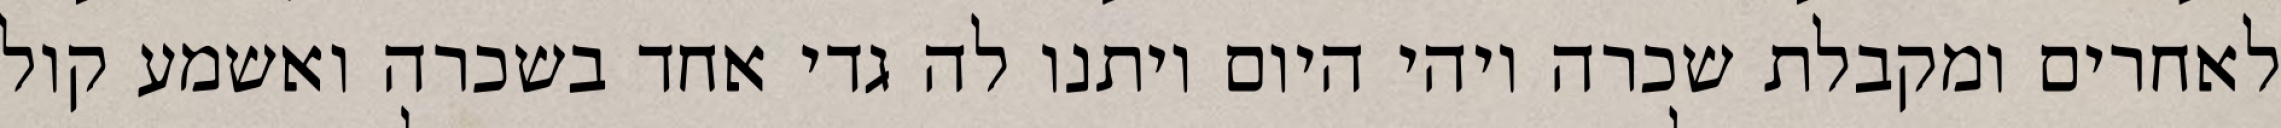
לאחרים ומקבלת שכרה ויהי היום ויתנו לה גדי אחד בשכרה ואשמע קול